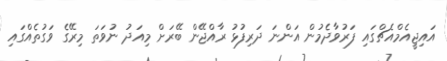
އައިޖީއެމްއެޗްގައި ފަރުވާދެމުން އަންނަ ދަރިފުޅު ރާއްޖޭން ބޭރަށް މިއަދު ނުވަތަ މިރޭގެ ވަގުތެއްގައި